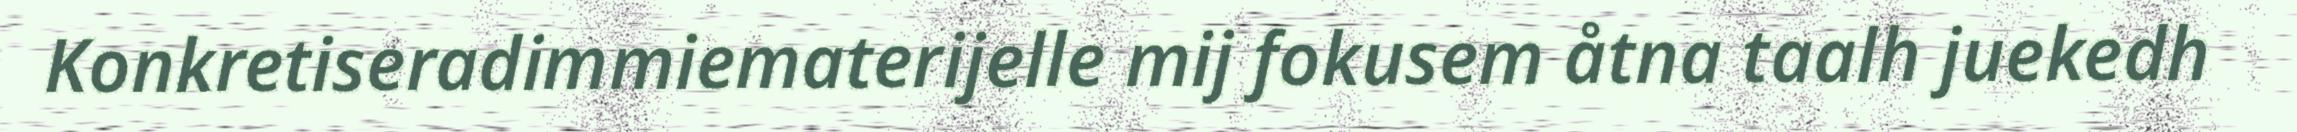
Konkretiseradimmiematerijelle mij fokusem åtna taalh juekedh